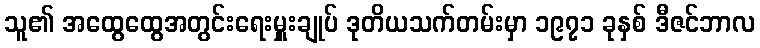
သူ၏ အထွေထွေအတွင်းရေးမှူးချုပ် ဒုတိယသက်တမ်းမှာ ၁၉၇၁ ခုနှစ် ဒီဇင်ဘာလ